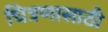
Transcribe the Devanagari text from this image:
चित्रणासाठी